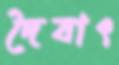
দৈবাৎ